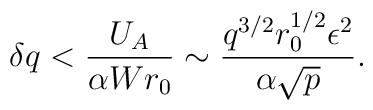
\delta q < {{U_A} \over  {\alpha W r_0}} \sim {{q^{3/2} r_0^{1/2} \epsilon^2}\over {\alpha \sqrt{p}}}.